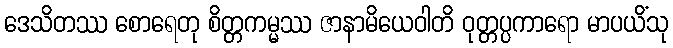
ဒေသိတဿ စောရေတု စိတ္တကမ္မဿ ဇာနာမိယေဝါတိ ဝုတ္တပ္ပကာရော မာပယိံသု